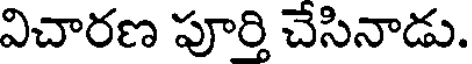
విచారణ పూర్తి చేసినాడు.